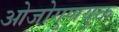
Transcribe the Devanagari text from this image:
ओजोगुणयुक्त